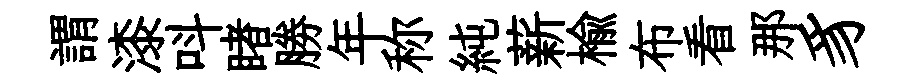
謂漆呌睹勝年称純薪楡布看那豸